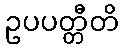
ဥပပတ္တီတိ